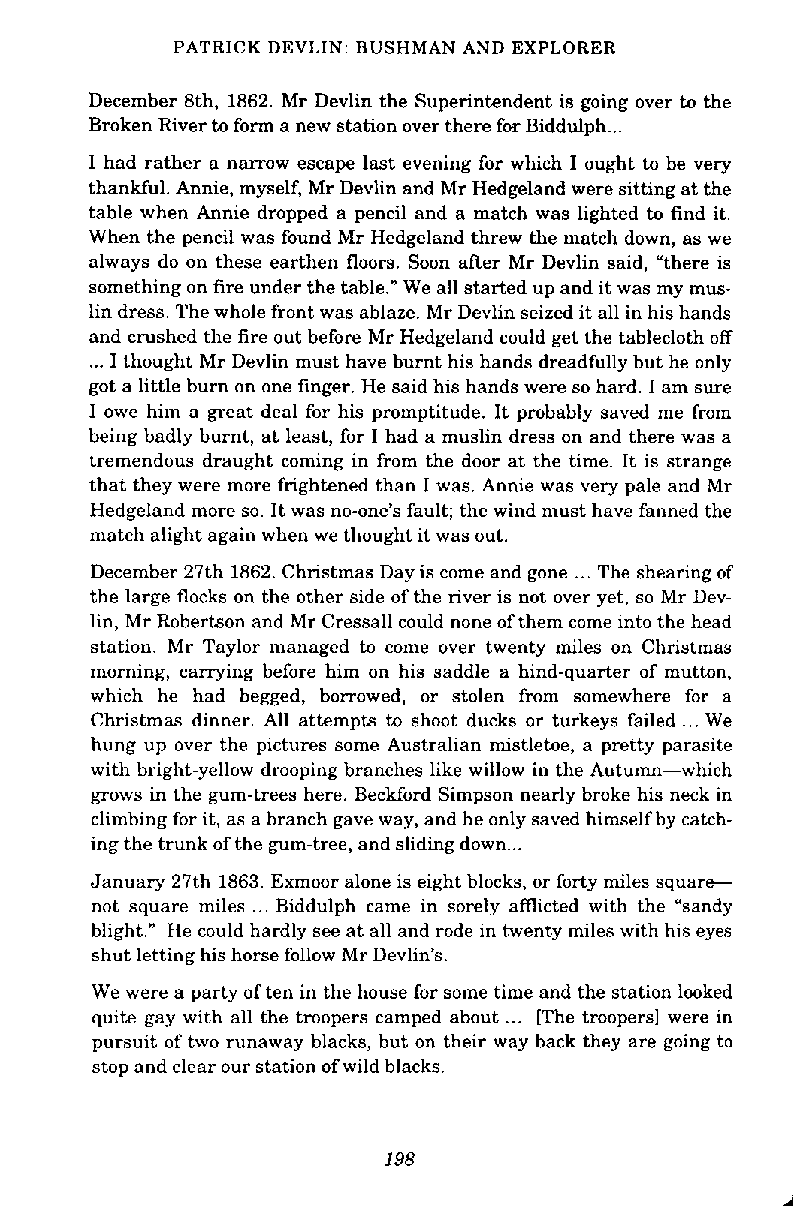
PATRICK DEVLIN: BUSHMAN AND EXPLORER
 December 8th, 1862. Mr Devlin the Superintendent is going over to the
 Broken River to form a new station over there for Biddulph. ..
 I had rather a narrow escape last evening for which I ought to be very
 thankful. Annie, myself, Mr Devlin and Mr Hedgeland were sitting at the
 table when Annie dropped a pencil and a match was lighted to find it.
 When the pencil was found Mr Hedgeland threw the match down, as we
 always do on these earthen floors. Soon aRer Mr Devlin said, "there is
 something on fire under the table." We all started up and it was my mus-
 lin dress. The whole front was ablaze. Mr Devlin seized it all in his hands
 and crushed the fire out before Mr Hedgeland could get the tablecloth off
 ... I thought Mr Devlin must have burnt his hands dreadfully but he only
 got a little burn on one finger. He said his hands were so hard. I am sure
 I owe him a great deal for his promptitude. It probably saved me from
 being badly burnt, at least, for I had a muslin dress on and there was a
 tremendous draught coming in from the door at the time. It is strange
 that they were more frightened than I was. Annie was very pale and Mr
 Hedgeland more so. It was no-one's fault; the wind must have fanned the
 match alight again when we thought it was out.
 December 27th 1862. Christmas Day is come and gone ... The shearing of
 the large flocks on the other side of the river is not over yet, so Mr Dev-
 lin, Mr Robertson and Mr Cressall could none of them come into the head
 station. Mr Taylor managed to come over twenty miles on Christmas
 morning, carrying before him on his saddle a hind-quarter of mutton,
 which he had begged, borrowed, or stolen from somewhere for a
 Christmas dinner. All attempts to shoot ducks or turkeys failed ... We
 hung up over the pictures some Australian mistletoe, a pretty parasite
 with bright-yellow drooping branches like willow in the Autumn-which
 grows in the gum-trees here. Beckford Simpson nearly broke his neck in
 climbing for it, as a branch gave way, and he only saved himself by catch-
 ing the trunk of the gum-tree, and sliding down ...
 January 27th 1863. Exmoor alone is eight blocks, or forty miles square--
 not square miles ... Biddulph came in sorely afflicted with the "sandy
 blight." He could hardly see at all and rode in twenty miles with his eyes
 shut letting his horse follow Mr Devlin's.
 We were a party of ten in the house for some time and the station looked
 quite gay with all the tmopers camped about ... [The troopers1 were in
 pursuit of two runaway blacks, but on their way back they are going to
 stop and clear our station of wild blacks.